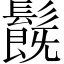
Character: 𩯂